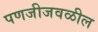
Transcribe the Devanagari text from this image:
पणजीजवळील